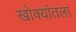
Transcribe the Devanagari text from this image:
खोक्यांतला